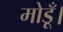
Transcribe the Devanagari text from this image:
मोडूँ।